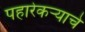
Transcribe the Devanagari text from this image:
पहारेकर्‍याचे